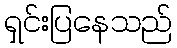
ရှင်းပြနေသည်